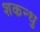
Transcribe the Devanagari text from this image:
शकन्धु